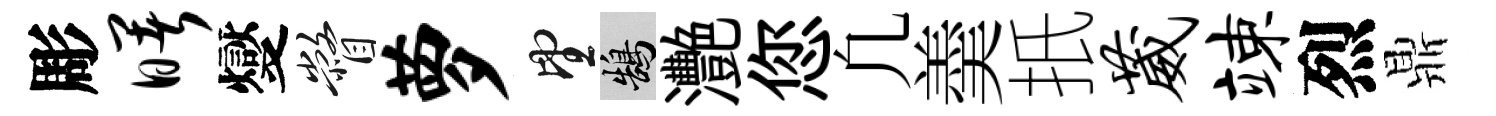
彫曙燮瞥萝望鵠灧您凢羮扺葳竦烈鼎